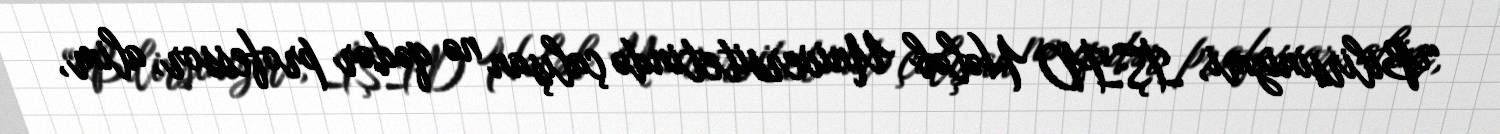
“Bilirsinizmi, İŞİD Hələb Universitetində çalışan nə qədər professor, alim,